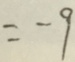
- 9